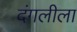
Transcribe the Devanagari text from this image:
दंगलीला